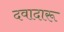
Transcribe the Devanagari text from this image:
दवादारू